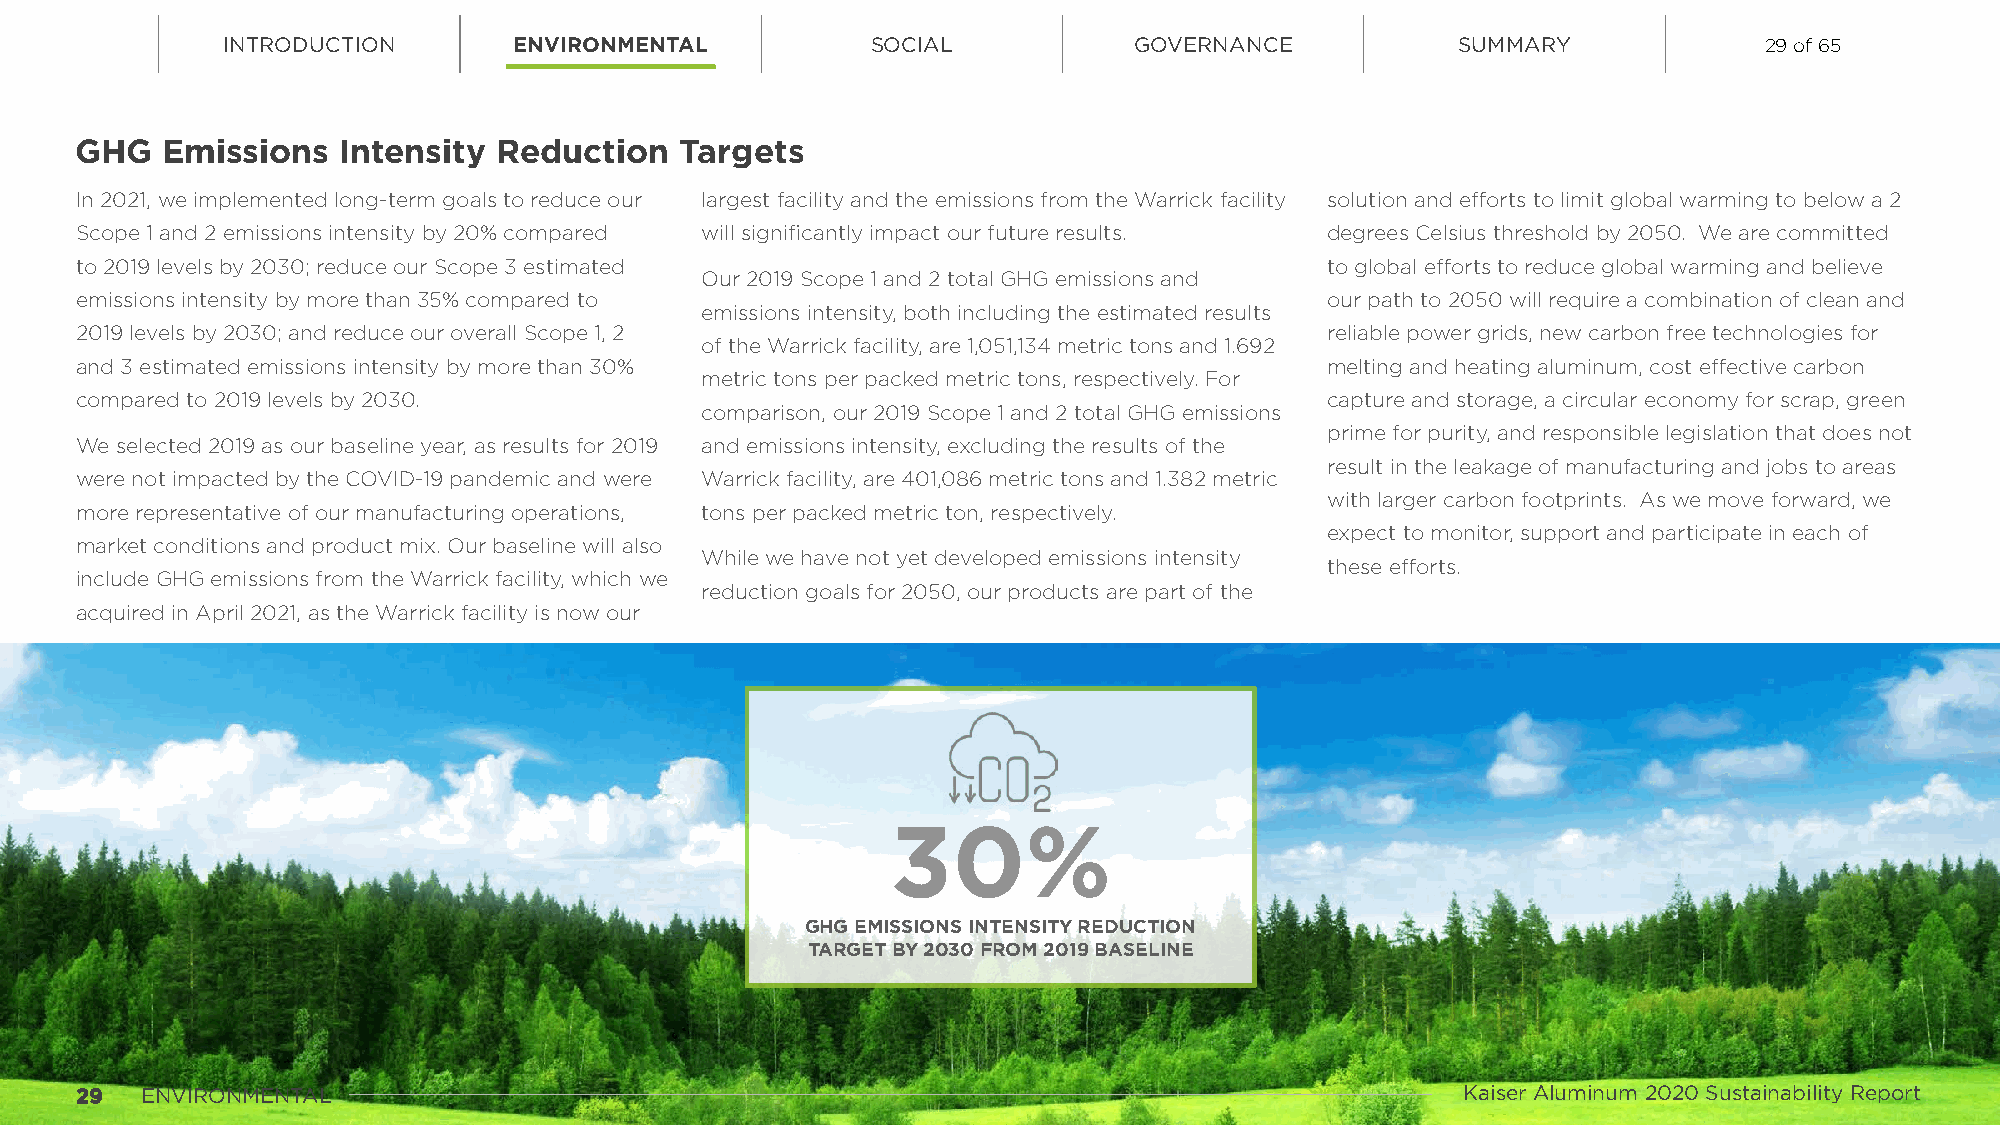
INTRODUCTION       ENVIRONMENTAL           SOCIAL           GOVERNANCE            SUMMARY             29 of 65
 GHG   Emissions  Intensity  Reduction   Targets
 In 2021, we implemented long-term goals to reduce our largest facility and the emissions from the Warrick facility solution and efforts to limit global warming to below a 2
 Scope 1 and 2 emissions intensity by 20% compared will significantly impact our future results. degrees Celsius threshold by 2050. We are committed
 to 2019 levels by 2030; reduce our Scope 3 estimated                               to global efforts to reduce global warming and believe
 Our 2019 Scope 1 and 2 total GHG emissions and
 emissions intensity by more than 35% compared to                                   our path to 2050 will require a combination of clean and
 emissions intensity, both including the estimated results
 2019 levels by 2030; and reduce our overall Scope 1, 2                             reliable power grids, new carbon free technologies for
 of the Warrick facility, are 1,051,134 metric tons and 1.692
 and 3 estimated emissions intensity by more than 30%                               melting and heating aluminum, cost effective carbon
 metric tons per packed metric tons, respectively. For
 compared to 2019 levels by 2030.                                                   capture and storage, a circular economy for scrap, green
 comparison, our 2019 Scope 1 and 2 total GHG emissions
 prime for purity, and responsible legislation that does not
 We selected 2019 as our baseline year, as results for 2019 and emissions intensity, excluding the results of the
 result in the leakage of manufacturing and jobs to areas
 were not impacted by the COVID-19 pandemic and were Warrick facility, are 401,086 metric tons and 1.382 metric
 with larger carbon footprints. As we move forward, we
 more representative of our manufacturing operations, tons per packed metric ton, respectively.
 expect to monitor, support and participate in each of
 market conditions and product mix. Our baseline will also
 While we have not yet developed emissions intensity
 these efforts.
 include GHG emissions from the Warrick facility, which we
 reduction goals for 2050, our products are part of the
 acquired in April 2021, as the Warrick facility is now our
 30%
 GHG EMISSIONS INTENSITY REDUCTION
 TARGET BY 2030 FROM 2019 BASELINE
 2299 ENVIRONMENTAL                                                                          Kaiser Aluminum 2020 Sustainability Report